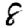
Digit: 8